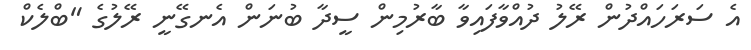
އެ ސަރަހައްދުން ރޭލު ދުއްވާފައިވާ ބާރުމިން ސީދާ ބުނަން އެނގޭނީ ރޭލުގެ "ބްލެކް